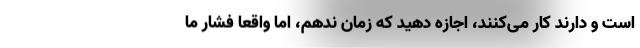
است و دارند کار می‌کنند، اجازه دهید که زمان ندهم، اما واقعا فشار ما